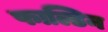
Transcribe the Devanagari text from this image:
फाल्डिन